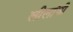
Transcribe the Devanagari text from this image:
लीलांनी